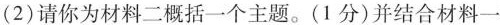
(2)请你为材料二概括一个主题。(1分)并结合材料一